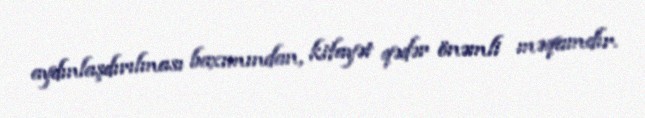
aydınlaşdırılması baxımından, kifayət qədər önəmli məqamdır.